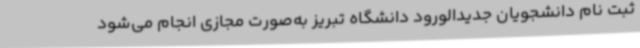
ثبت نام دانشجویان جدیدالورود دانشگاه تبریز به‌صورت مجازی انجام می‌شود